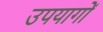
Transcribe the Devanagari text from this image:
उपयागों